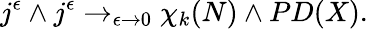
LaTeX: j^{\epsilon}\wedge j^{\epsilon}\rightarrow_{\epsilon\rightarrow 0}\chi_{k}(N)\wedge PD(X).